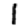
Digit: 1